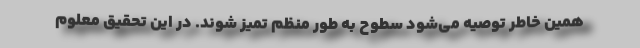
همین خاطر توصیه می‌شود سطوح به طور منظم تمیز شوند. در این تحقیق معلوم